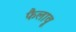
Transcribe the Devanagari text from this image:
फैलावू